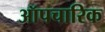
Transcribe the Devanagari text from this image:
ऑपचारिक